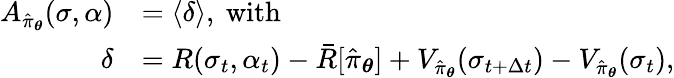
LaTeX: \begin{array}{rl}{A_{\hat{\pi}_{\boldsymbol{\theta}}}(\sigma,\alpha)}&{=\langle\delta\rangle,\mathrm{~with~}}\\ {\delta}&{=R(\sigma_{t},\alpha_{t})-\bar{R}[\hat{\pi}_{\boldsymbol{\theta}}]+V_{\hat{\pi}_{\boldsymbol{\theta}}}(\sigma_{t+\Delta t})-V_{\hat{\pi}_{\boldsymbol{\theta}}}(\sigma_{t}),}\end{array}